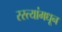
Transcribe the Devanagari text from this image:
रस्त्यांमधून